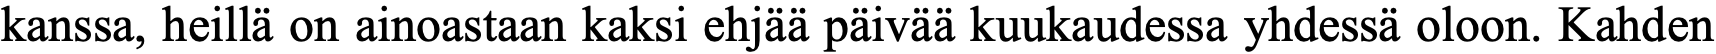
kanssa, heillä on ainoastaan kaksi ehjää päivää kuukaudessa yhdessä oloon. Kahden